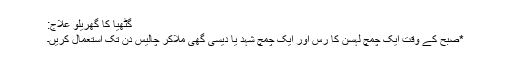
گٹھیا کا گھریلو علاج:
*صبح کے وقت ایک چمچ لہسن کا رس اور ایک چمچ شہد یا دیسی گھی ملاکر چالیس دن تک استعمال کریں۔